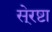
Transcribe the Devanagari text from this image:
से्रष्टा